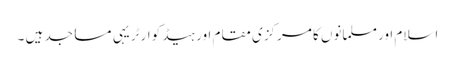
اسلام اور مسلمانوں کا مرکزی مقام اور ہیڈ کوارٹر یہی مساجد ہیں ۔